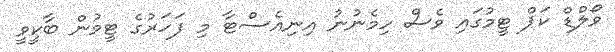
ވޯލްޑް ކަޕް ޓީމުގައި ވެސް ހިމެނުނު އިނިއެސްޓާ މި ފަހަރުގެ ޓީމުން ބާކީވީ